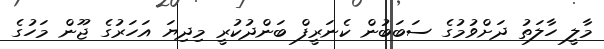
މާލީ ހާލަތު ދަށްވުމުގެ ސަބަބުން ކެނަރީފް ބަންދުކުރީ މިދިޔަ އަހަރުގެ ޖޫން މަހުގެ